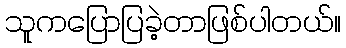
သူကပြောပြခဲ့တာဖြစ်ပါတယ်။